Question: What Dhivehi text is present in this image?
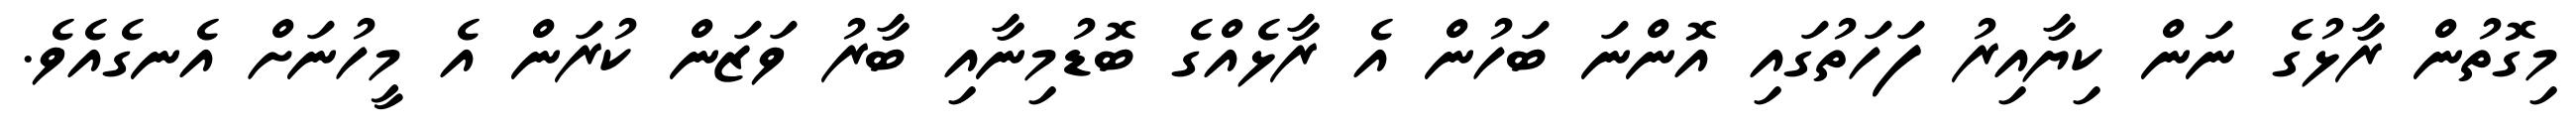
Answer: މިގޮތުން ރާޅުގެ ނަން ކިޔާއިރު ފަހަތުގައި އޮންނަ ބަހުން އެ ރާޅެއްގެ ބޮޑުމިނާއި ބާރު ވަޒަން ކުރަން އެ މީހުނަށް އެނގެއެވެ.